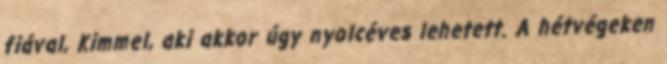
fiával, Kimmel, aki akkor úgy nyolcéves lehetett. A hétvégeken